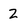
Character: Z